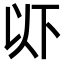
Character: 𫠪